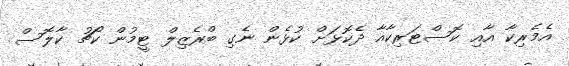
އެމެރިކާ އާއި ކޮސްޓަރިކާއާ ދެކޮޅަށް ކުޅެން ނެގި ބްރެޒިލް ޓީމުން ކޯޗު ކާލޮސް